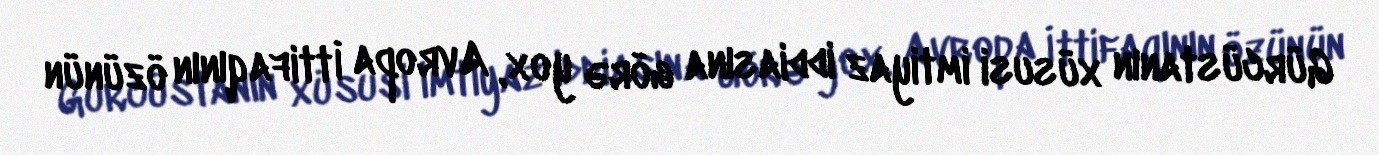
Gürcüstanın xüsusi imtiyaz iddiasına görə yox, Avropa İttifaqının özünün